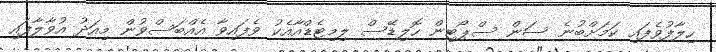
ހިލާފުވެފައި ކަމަށްބުނެ ސަން ސްޕޯޓިން ހޮލިޑޭސް ލިމިޓެޑްއާއެކު ވެފައިވާ އެއްބަސްވުން މިއަދު އުވާލާފައި